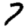
Digit: 7